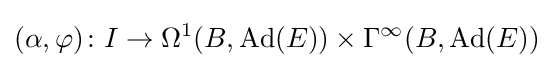
(\alpha ,\varphi )\colon I\rightarrow \Omega ^{1}(B,\operatorname {Ad} (E))\times \Gamma ^{\infty }(B,\operatorname {Ad} (E))